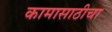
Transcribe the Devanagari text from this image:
कामासाठीचा